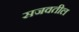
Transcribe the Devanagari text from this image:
सजवतील